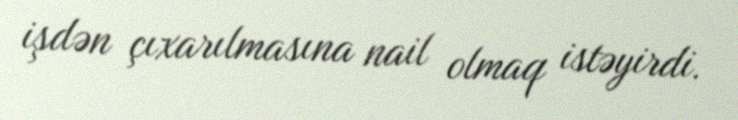
işdən çıxarılmasına nail olmaq istəyirdi.